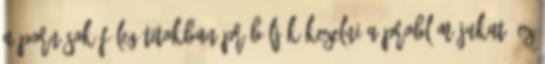
a pornósok főleg titokban próbálják kezelni a problémájukat. Ez